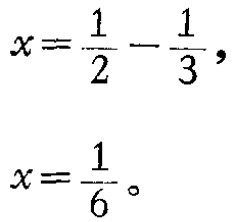
\[

\begin{align*}

x&=\frac{1}{2}-\frac{1}{3},\\

x&=\frac{1}{6}。

\end{align*}

\]